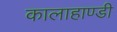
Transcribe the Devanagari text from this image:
कालाहाण्डी